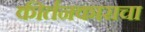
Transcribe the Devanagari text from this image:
कीर्तनकाराचा